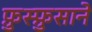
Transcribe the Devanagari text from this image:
फ़ुस्फ़ुसाने